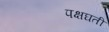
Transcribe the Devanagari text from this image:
पक्षघती